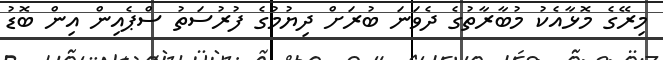
މިރޭގެ މޮޅާއެކު މުބާރާތުގެ ދެވަނަ ބުރަށް ދިޔުމުގެ ފުރުސަތު ސްޕެއިން އިން ބޮޑު